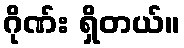
ဂိုဏ်း ရှိတယ်။